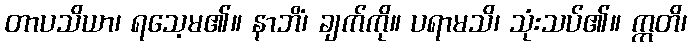
တာပသိယာ၊ ရသေ့မ၏။ နာဘိံ၊ ချက်ကို။ ပရာမသိ၊ သုံးသပ်၏။ ဣတိ၊